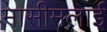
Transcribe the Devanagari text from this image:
मासीमलाई